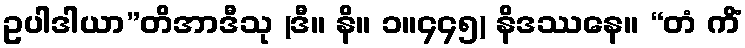
ဥပါဒါယာ”တိအာဒီသု (ဒီ။ နိ။ ၁။၄၄၅) နိဒဿနေ။ “တံ ကိံ